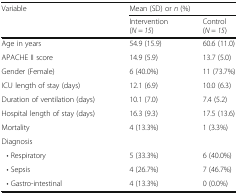
<table><thead><tr><td><b>Variable</b></td><td colspan="2"><b>Mean (SD) or <i>n</i> (%)</b></td></tr><tr><td></td><td><b>Intervention(<i>N = 15</i>)</b></td><td><b>Control(<i>N = 15</i>)</b></td></tr></thead><tbody><tr><td>Age in years</td><td>54.9 (15.9)</td><td>60.6 (11.0)</td></tr><tr><td>APACHE II score</td><td>14.9 (5.9)</td><td>13.7 (5.0)</td></tr><tr><td>Gender (Female)</td><td>6 (40.0%)</td><td>11 (73.7%)</td></tr><tr><td>ICU length of stay (days)</td><td>12.1 (6.9)</td><td>10.0 (6.3)</td></tr><tr><td>Duration of ventilation (days)</td><td>10.1 (7.0)</td><td>7.4 (5.2)</td></tr><tr><td>Hospital length of stay (days)</td><td>16.3 (9.3)</td><td>17.5 (13.6)</td></tr><tr><td>Mortality</td><td>4 (13.3%)</td><td>1 (3.3%)</td></tr><tr><td>Diagnosis</td><td></td><td></td></tr><tr><td> • Respiratory</td><td>5 (33.3%)</td><td>6 (40.0%)</td></tr><tr><td> • Sepsis</td><td>4 (26.7%)</td><td>7 (46.7%)</td></tr><tr><td> • Gastro-intestinal</td><td>4 (13.3%)</td><td>0 (0.0%)</td></tr></tbody></table>